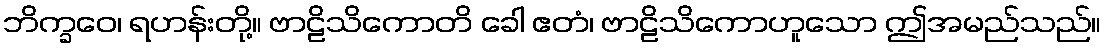
ဘိက္ခဝေ၊ ရဟန်းတို့။ ဗာဠိသိကောတိ ခေါ ဧတံ၊ ဗာဠိသိကောဟူသော ဤအမည်သည်။